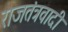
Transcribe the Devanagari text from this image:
राजतंत्रवादी